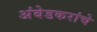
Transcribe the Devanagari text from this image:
अंबेडकरांचे